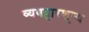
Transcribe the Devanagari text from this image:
व्यवहारशून्य